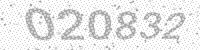
Solution: 020832